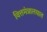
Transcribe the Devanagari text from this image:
वित्तमंत्रालयात